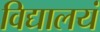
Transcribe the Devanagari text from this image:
विद्यालयं